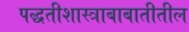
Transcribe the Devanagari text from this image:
पद्धतीशास्त्राबाबातीतील